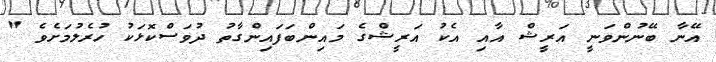
އޭނާ ބޭނުންވަނީ އަރީޝް އާއި އެކު އަރީޝްގެ މައިންބަފައިންގާތު ދުވަސްކޮޅަކު ހުރެލުމަށެވެ "